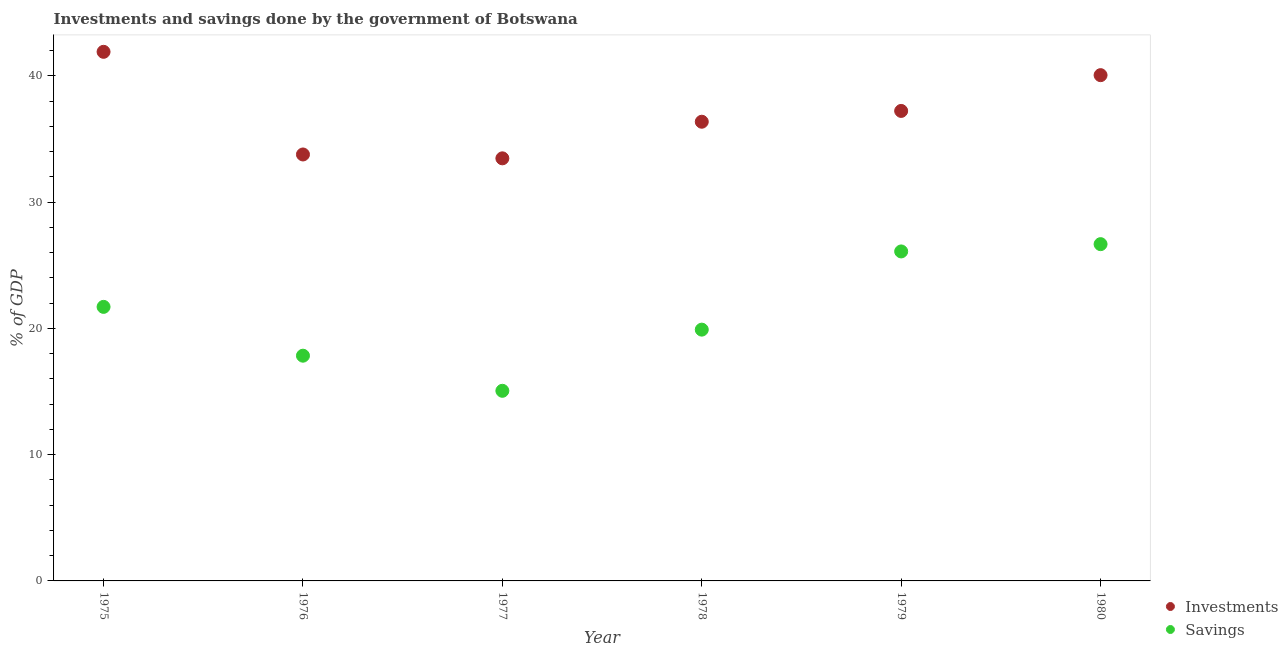
| Year | Investments | Savings |
 | --- | --- | --- |
 | 1975 | 41.9 | 21.7 |
 | 1976 | 33.8 | 17.8 |
 | 1977 | 33.5 | 15.1 |
 | 1978 | 36.4 | 19.9 |
 | 1979 | 37.2 | 26.1 |
 | 1980 | 40.1 | 26.7 |